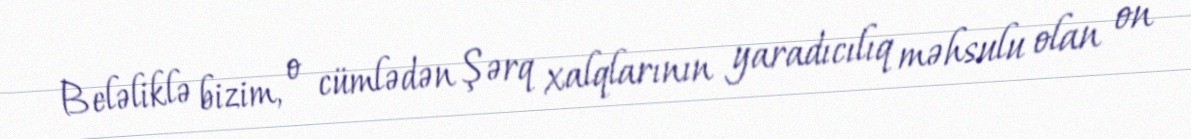
Beləliklə bizim, o cümlədən Şərq xalqlarının yaradıcılıq məhsulu olan on